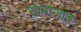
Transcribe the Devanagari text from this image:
सामाजात